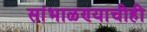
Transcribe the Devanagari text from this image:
सांभाळण्याचीही